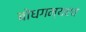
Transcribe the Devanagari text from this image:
बोधगम्यएवं